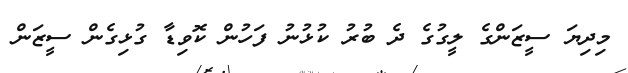
މިދިޔަ ސީޒަންގެ ލީގުގެ ދެ ބުރު ކުޅުނު ފަހުން ކޮވިޑާ ގުޅިގެން ސީޒަން